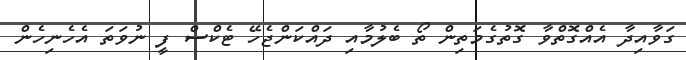
ގަވާއިދާ އެއްގޮތްވާ ގޮތުގެމަތިން ތޯ ބެލުމާއި ދައްކަންޖެހޭ ޓެކްސް ފީ ނުވަތަ އެހެނިހެން